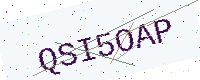
Text: QSI5OAP